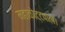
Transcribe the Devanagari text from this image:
महाकोट्टपाल।